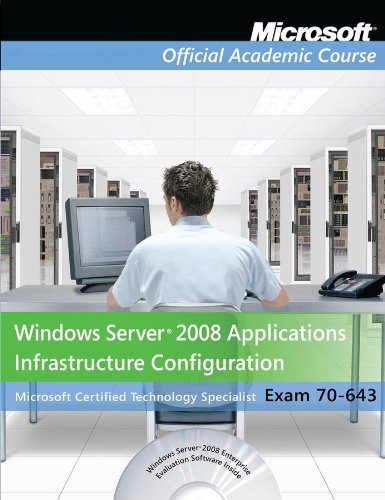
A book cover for Exam 70-643 Windows Server 2008 Applications Infrastructure Configuration, Lab Manual Set; Microsoft Official Academic Course; Computers & Technology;